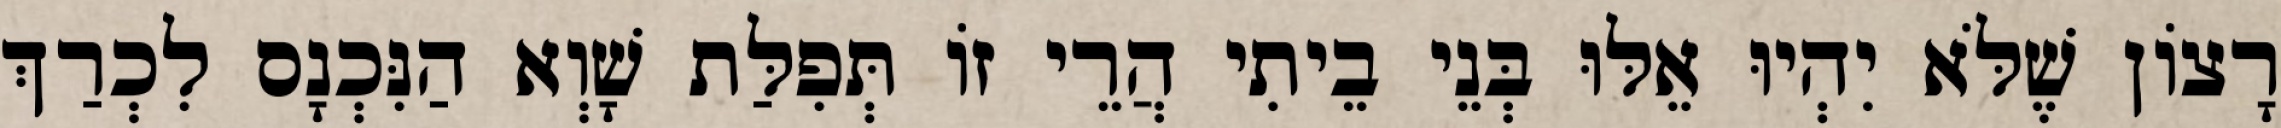
רָצוֹן שֶׁלֹּא יִהְיוּ אֵלּוּ בְּנֵי בֵיתִי הֲרֵי זוֹ תְּפִלַּת שָׁוְא הַנִּכְנָס לִכְרַךְ